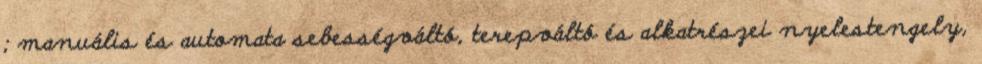
; manuális és automata sebességváltó, terepváltó és alkatrészei nyelestengely,